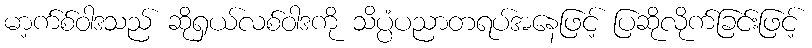
မာ့က်စ်ဝါဒသည် ဆိုရှယ်လစ်ဝါဒကို သိပ္ပံပညာတရပ်အနေဖြင့် ပြဆိုလိုက်ခြင်းဖြင့်